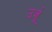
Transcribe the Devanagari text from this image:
उर्जू